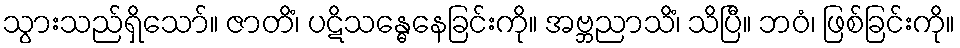
သွားသည်ရှိသော်။ ဇာတိံ၊ ပဋိသန္ဓေနေခြင်းကို။ အဗ္ဘညာသိံ၊ သိပြီ။ ဘဝံ၊ ဖြစ်ခြင်းကို။